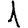
Digit: 1